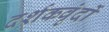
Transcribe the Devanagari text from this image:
दर्शकवृंदों